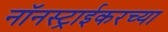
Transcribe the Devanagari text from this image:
नॉनस्ट्राईकरच्या